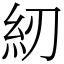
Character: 紉